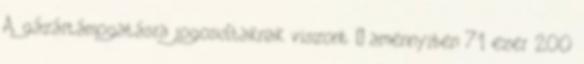
A gázártámogatásra jogosultaknak viszont – amennyiben 71 ezer 200